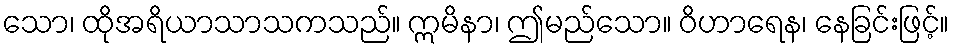
သော၊ ထိုအရိယာသာသကသည်။ ဣမိနာ၊ ဤမည်သော။ ဝိဟာရေန၊ နေခြင်းဖြင့်။